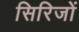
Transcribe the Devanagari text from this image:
सिरिजों